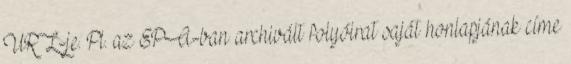
URL-je. Pl. az EPA-ban archivált folyóirat saját honlapjának címe